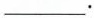
___。